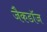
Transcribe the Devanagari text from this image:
जैकडॉज